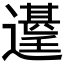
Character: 𮟑